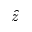
\hat { z }